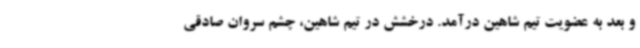
و بعد به عضویت تیم شاهین درآمد. درخشش در تیم شاهین، چشم سروان صادقی